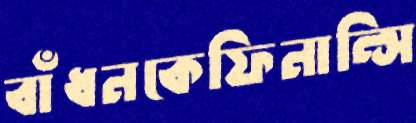
বাঁধনকেফিনান্সি